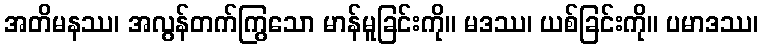
အတိမနဿ၊ အလွန်တက်ကြွသော မာန်မူခြင်းကို။ မဒဿ၊ ယစ်ခြင်းကို။ ပမာဒဿ၊